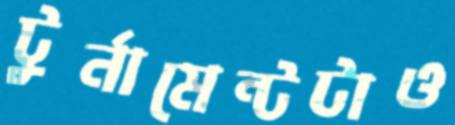
টুর্নামেন্টটাও